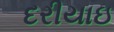
દરીયાઇ